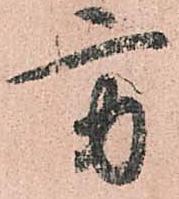
方